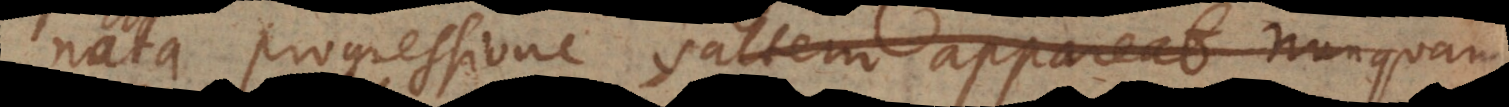
nata progressione saltem appareat nunquam